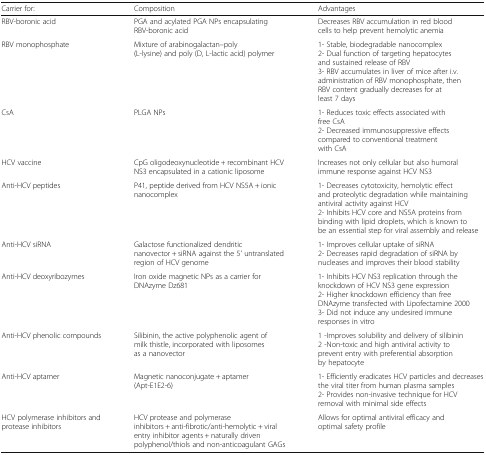
<table><thead><tr><td><b>Carrier for:</b></td><td><b>Composition</b></td><td><b>Advantages</b></td></tr></thead><tbody><tr><td>RBV-boronic acid</td><td>PGA and acylated PGA NPs encapsulating RBV-boronic acid</td><td>Decreases RBV accumulation in red blood cells to help prevent hemolytic anemia</td></tr><tr><td>RBV monophosphate</td><td>Mixture of arabinogalactan–poly (L-lysine) and poly (D, L-lactic acid) polymer</td><td>1- Stable, biodegradable nanocomplex2- Dual function of targeting hepatocytes and sustained release of RBV3- RBV accumulates in liver of mice after i.v. administration of RBV monophosphate, then RBV content gradually decreases for at least 7 days</td></tr><tr><td>CsA</td><td>PLGA NPs</td><td>1- Reduces toxic effects associated with free CsA2- Decreased immunosuppressive effects compared to conventional treatment with CsA</td></tr><tr><td>HCV vaccine</td><td>CpG oligodeoxynucleotide + recombinant HCV NS3 encapsulated in a cationic liposome</td><td>Increases not only cellular but also humoral immune response against HCV NS3</td></tr><tr><td>Anti-HCV peptides</td><td>P41, peptide derived from HCV NS5A + ionic nanocomplex</td><td>1- Decreases cytotoxicity, hemolytic effect and proteolytic degradation while maintaining antiviral activity against HCV2- Inhibits HCV core and NS5A proteins from binding with lipid droplets, which is known to be an essential step for viral assembly and release</td></tr><tr><td>Anti-HCV siRNA</td><td>Galactose functionalized dendritic nanovector + siRNA against the 5&#x27; untranslated region of HCV genome</td><td>1- Improves cellular uptake of siRNA2- Decreases rapid degradation of siRNA by nucleases and improves their blood stability</td></tr><tr><td>Anti-HCV deoxyribozymes</td><td>Iron oxide magnetic NPs as a carrier for DNAzyme Dz681</td><td>1- Inhibits HCV NS3 replication through the knockdown of HCV NS3 gene expression2- Higher knockdown efficiency than free DNAzyme transfected with Lipofectamine 20003- Did not induce any undesired immune responses in vitro</td></tr><tr><td>Anti-HCV phenolic compounds</td><td>Silibinin, the active polyphenolic agent of milk thistle, incorporated with liposomes as a nanovector</td><td>1 -Improves solubility and delivery of silibinin2 -Non-toxic and high antiviral activity to prevent entry with preferential absorption by hepatocyte</td></tr><tr><td>Anti-HCV aptamer</td><td>Magnetic nanoconjugate + aptamer (Apt-E1E2-6)</td><td>1- Efficiently eradicates HCV particles and decreases the viral titer from human plasma samples2- Provides non-invasive technique for HCV removal with minimal side effects</td></tr><tr><td>HCV polymerase inhibitors and protease inhibitors</td><td>HCV protease and polymerase inhibitors + anti-fibrotic/anti-hemolytic + viral entry inhibitor agents + naturally driven polyphenol/thiols and non-anticoagulant GAGs</td><td>Allows for optimal antiviral efficacy and optimal safety profile</td></tr></tbody></table>